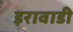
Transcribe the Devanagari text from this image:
इरावाडी